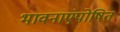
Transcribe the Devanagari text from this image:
भावनाएंपोषित